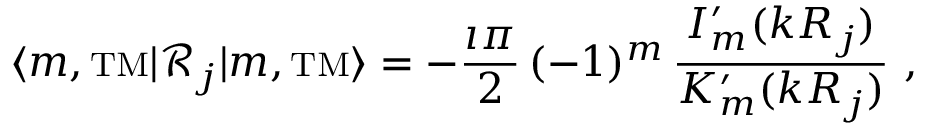
\langle m , { \mathrm { \scriptstyle T M } } | { \mathcal { R } } _ { j } | m , { \mathrm { \scriptstyle T M } } \rangle = - \frac { \imath \pi } { 2 } \, ( - 1 ) ^ { m } \, \frac { I _ { m } ^ { \prime } ( k R _ { j } ) } { K _ { m } ^ { \prime } ( k R _ { j } ) } ~ ,